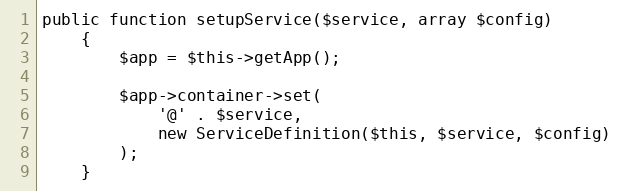
Language: PHP
public function setupService($service, array $config)
    {
        $app = $this->getApp();

        $app->container->set(
            '@' . $service,
            new ServiceDefinition($this, $service, $config)
        );
    }